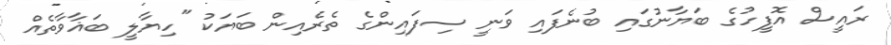
ރައީސް އޮފީހުގެ ބަޔާނުގައި ބުނެފައި ވަނީ ސިފައިންގެ ތެރެއިން ބަޔަކު "ހިޔާލީ ބަޣާވާތެއް